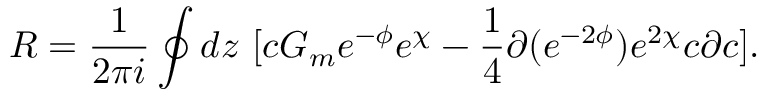
R = \frac { 1 } { 2 \pi i } \oint d z ~ [ c G _ { m } e ^ { - \phi } e ^ { \chi } - \frac { 1 } { 4 } \partial ( e ^ { - 2 \phi } ) e ^ { 2 \chi } c \partial c ] .